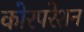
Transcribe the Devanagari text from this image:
कोरपरेशन